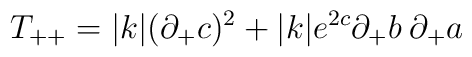
T_{++}=|k|(\partial _{+}c)^{2}+|k|e^{2c}\partial _{+}b\: \partial _{+}a